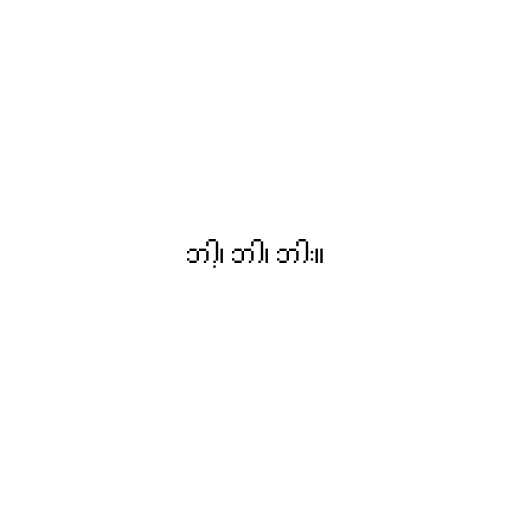
ဘါ့၊ ဘါ၊ ဘါး။